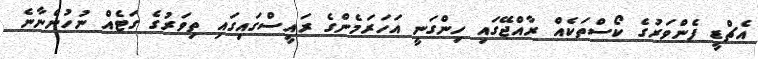
އެޗްޑީ ފެންވަރުގެ ކޯސްތަކެއް ރާއްޖޭގައި ހިންގަނީ އަހަރަމެންގެ ރައީސްގައިގައި ތިވަރުގެ ގަޓެއް ނުހުންނާނެ